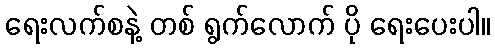
ရေးလက်စနဲ့ တစ် ရွက်လောက် ပို ရေးပေးပါ။